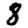
Digit: 8